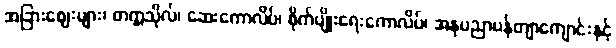
အခြားဈေးများ၊ တက္ကသိုလ်၊ ဆေးကောလိပ်၊ စိုက်ပျိုးရေးကောလိပ်၊ အနုပညာပန်တျာကျောင်းနှင့်